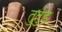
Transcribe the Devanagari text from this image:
तुर्तुड